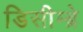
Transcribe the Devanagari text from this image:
डिसीम्ब्रे